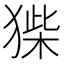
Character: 𤠌